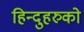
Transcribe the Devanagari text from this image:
हिन्दुहरुको